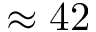
\approx 4 2